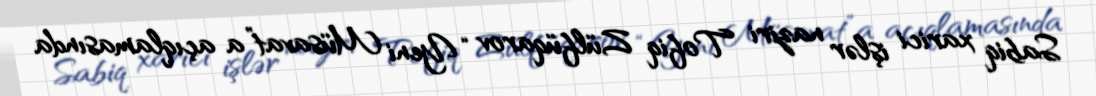
Sabiq xarici işlər naziri Tofiq Zülfüqarov “Yeni Müsavat”a açıqlamasında